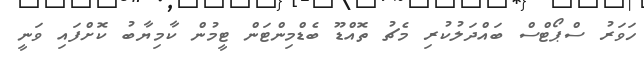
ހަވަރު ސްޕޯޓްސް ބައްދަލުކުރި މެޗު ތޮއްޑޫ ބެޑްމިންޓަން ޓީމުން ކާމިޔާބު ކޮށްފައި ވަނީ